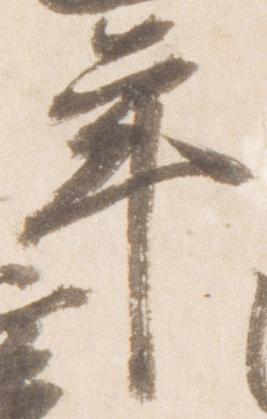
年